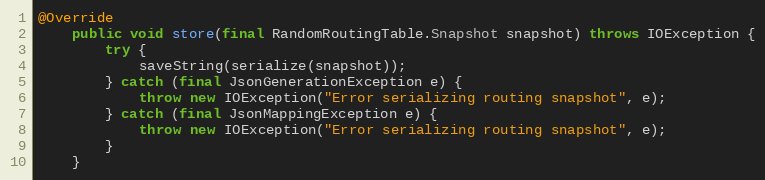
Language: Java
@Override
    public void store(final RandomRoutingTable.Snapshot snapshot) throws IOException {
        try {
            saveString(serialize(snapshot));
        } catch (final JsonGenerationException e) {
            throw new IOException("Error serializing routing snapshot", e);
        } catch (final JsonMappingException e) {
            throw new IOException("Error serializing routing snapshot", e);
        }
    }